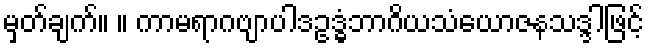
မှတ်ချက်။ ။ ကာမရာဂဗျာပါဒဥဒ္ဓံဘာဂိယသံယောဇနသဒ္ဒါဖြင့်